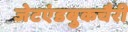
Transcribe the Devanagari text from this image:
जेटएंडबुकचैरी